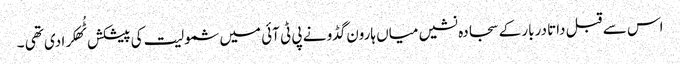
اس سے قبل داتا دربار کے سجادہ نشیں میاں ہارون گڈو نے پی ٹی آئی میں شمولیت کی پیشکش ٹُھکرا دی تھی ۔